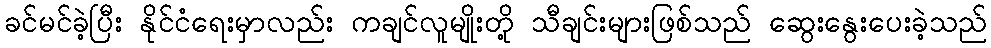
ခင်မင်ခဲ့ပြီး နိုင်ငံရေးမှာလည်း ကချင်လူမျိုးတို့ သီချင်းများဖြစ်သည် ဆွေးနွေးပေးခဲ့သည်